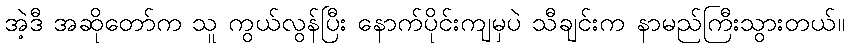
အဲ့ဒီ အဆိုတော်က သူ ကွယ်လွန်ပြီး နောက်ပိုင်းကျမှပဲ သီချင်းက နာမည်ကြီးသွားတယ်။